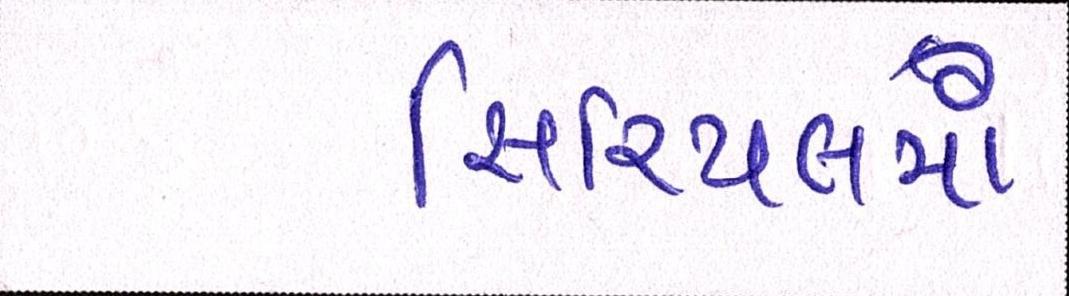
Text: સિરિયલમાં